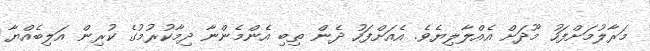
މަރާލުމަށްފަހު މޫދަށް އެއްލާލިޔެވެ. އެއަށްފަހު ދެން ތިބި އެންމެންނާ ދިމާކުރުމުގެ ކުރިން އަލިބެއްޔާ